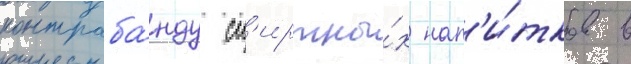
контраба́нду сп'иртны́х нап'и́тков в